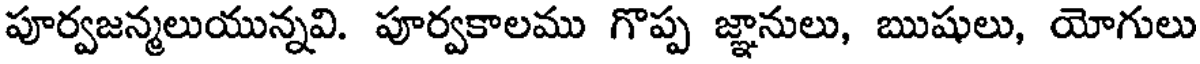
పూర్వజన్మలుయున్నవి. పూర్వకాలము గొప్ప జ్ఞానులు, ఋషులు, యోగులు